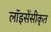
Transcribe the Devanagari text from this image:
लॉइसेंसीकृत